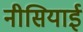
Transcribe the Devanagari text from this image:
नीसियाई